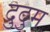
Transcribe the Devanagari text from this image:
दुदुम